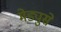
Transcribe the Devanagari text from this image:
मेड्युसे